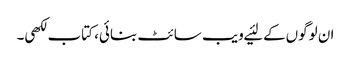
ان لوگوں‌کے لئیے ویب سائٹ بنائی، کتاب لکھی۔